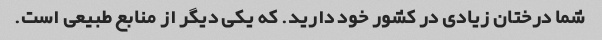
شما درختان زیادی در کشور خود دارید. که یکی دیگر از منابع طبیعی است.